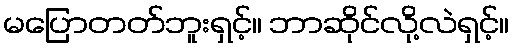
မပြောတတ်ဘူးရှင့်။ ဘာဆိုင်လို့လဲရှင့်။